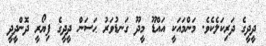
ދީދީގެ ދަރިކަލެކެވެ. މަންމައަކީ އައްޑޫ މީދޫ ގަނޑުވަރު ޙަސަން ދީދީގެ ފިޔޯރީ ދޮންދީދީ